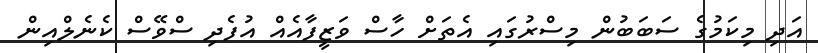
އަދި މިކަމުގެ ސަބަބުން މިސްރުގައި އެތަށް ހާސް ވަޒީފާއެއް އުފެދި ސްވޭސް ކެނެލްއިން